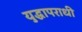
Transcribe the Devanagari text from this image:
युद्धापराधी